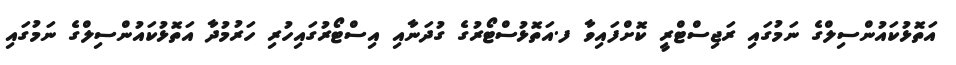
އަތޮޅުކައުންސިލްގެ ނަމުގައި ރަޖިސްޓްރީ ކޮށްފައިވާ ފ.އަތޮޅުސްޓޯރުގެ ގުދަނާއި އިސްޓޯރުގައިހުރި ހަރުމުދާ އަތޮޅުކައުންސިލްގެ ނަމުގައި